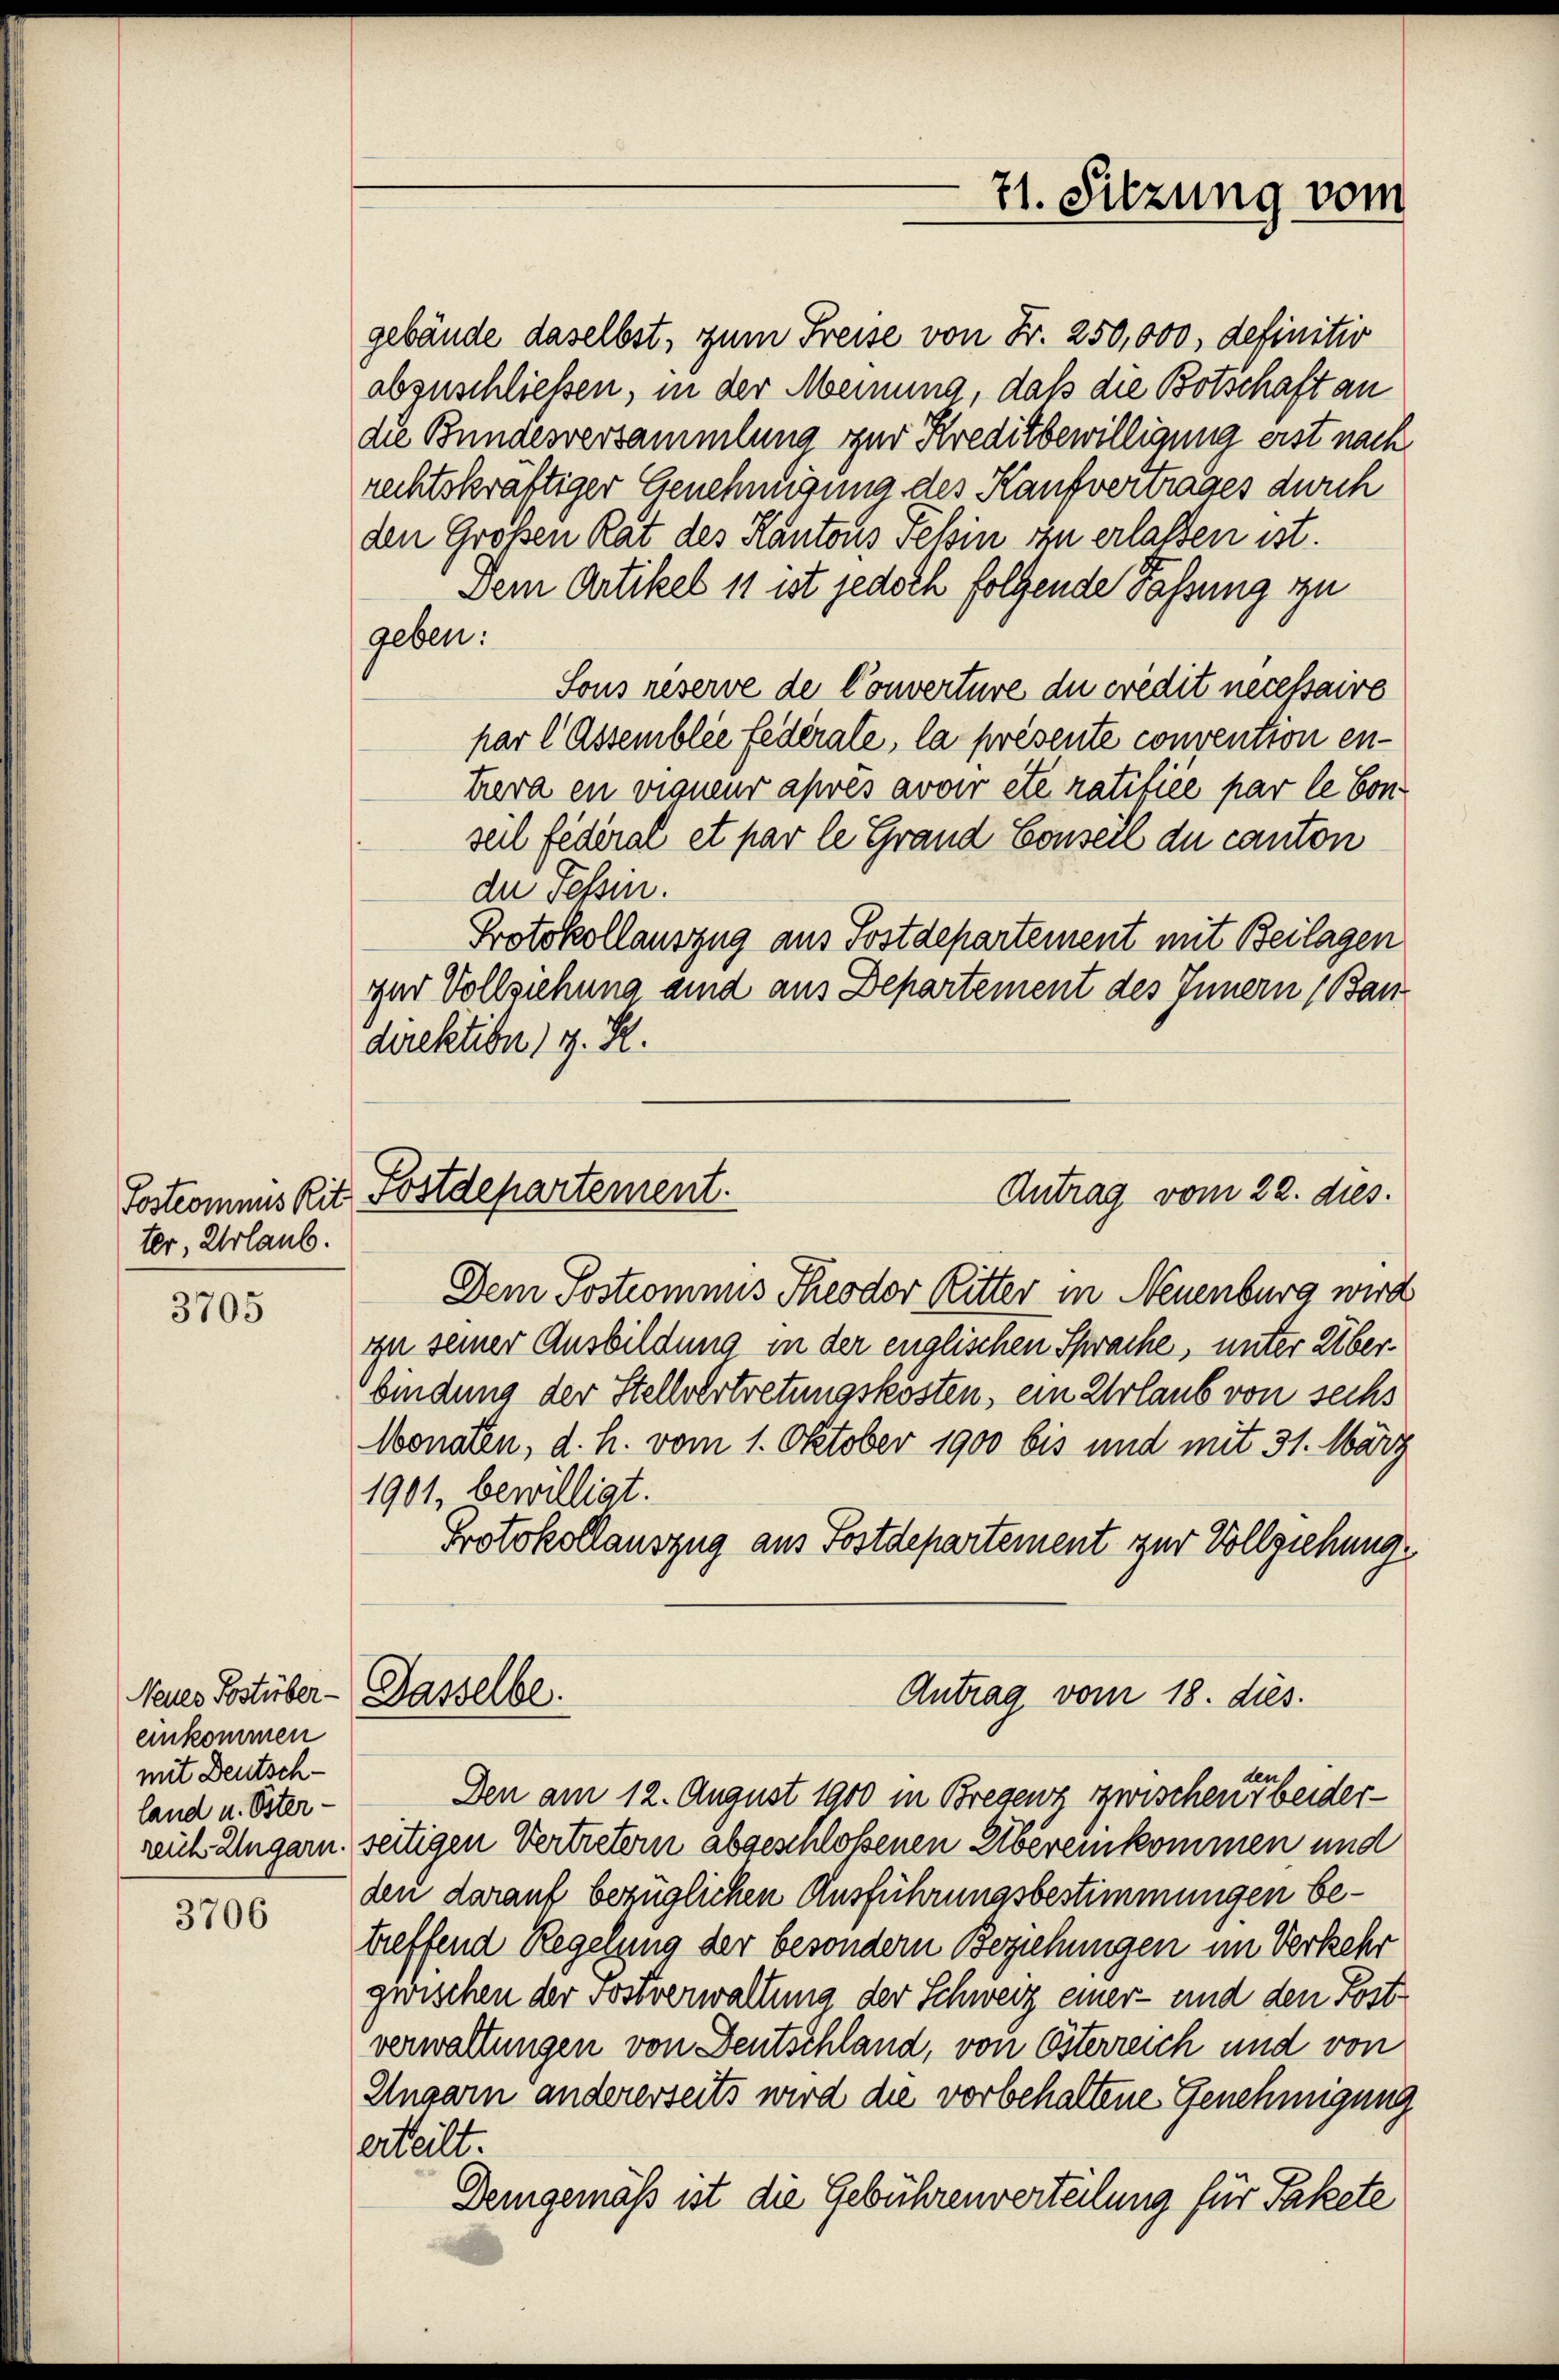
ter, Urlaub.

3705

einkommen
mit Deutsch-
land u. Öster-

3706

71. Sitzung vom

gebäude daselbst, zum Freise von Fr. 250,000, definitiv
abzuschließen, in der Meinung, daß die Botschaft an
die Bundesversammlung zur Kreditbewilligung erst nach
rechtskräftiger Genehmigung des Kaufvertrages durch
den Großen Rat des Kantons Felsin zu erlassen ist.
Dem Artikel 11 ist jedoch folgende Fassung zu
geben:
Sous reserve de Couverture du crédit necessaire
par l Assemblée federale, la présente convention entrera en vigneur après avoir etc. ratiliée par le Conseil fédéral et par le Grand Conseil du canton
de Tessin.
Protokollauszug aus Postdepartement mit Beilagen
gar Vollziehung sind aus Departement des Innern (Ban
direktion d. R.

Antrag vom 22. dies.
Tostromans lit. Postdepartement.

Neues Postüber - Dasselbe

Dem Sostrommnis Theodor Ritter in Neuenburg wird
izu seiner Ausbildung in der englischen Sprache, unter Überbindung der Stellvertretungskosten, ein Urlaub von sechs
Monaten, d. h. vom 1. Oktober 1900 bis und mit 31. März
1901, bewilligt.
Protokollauszug aus Postdepartement zur Vollziehung
Den am 12. August 1900 in Bregenz zwischen der beiderreich Ungarn, seitigen Vertretern abgeschlossenen Übereinkommen und
den darauf bezüglichen Ausführungsbestimmungen betreffend Regelung der besondern Beziehungen im Verkehr
zwischen der Postverwaltung der Schweiz einer- und den Post-
verwaltungen von Deutschland, von Österreich und von
Ungarn andererseits wird die vorbehaltene Genehmigung
erteilt.
Demgemäß ist die Gebührenverteilung für Pakete

Antrag vom 18. dies.